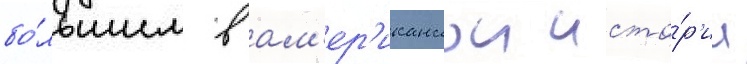
бо́льшим в ам'ер'иканскои исто́р'ии